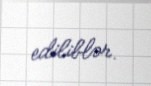
ediliblər.